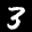
Label: 3